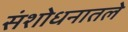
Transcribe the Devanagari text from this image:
संशोधनातले